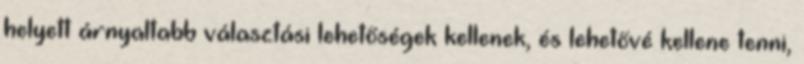
helyett árnyaltabb választási lehetőségek kellenek, és lehetővé kellene tenni,